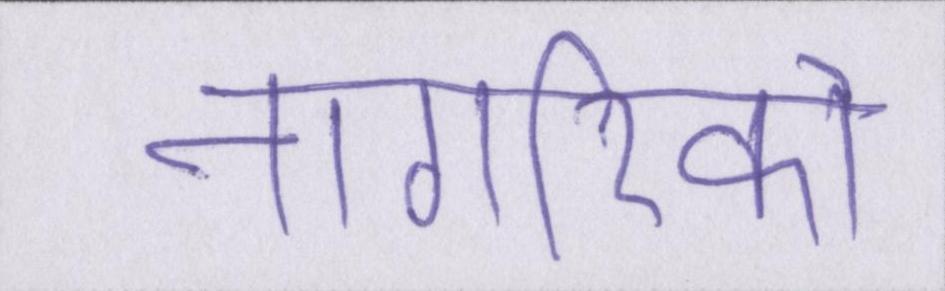
नागरिको